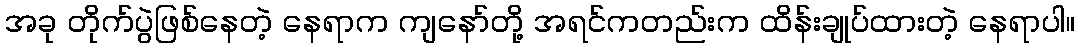
အခု တိုက်ပွဲဖြစ်နေတဲ့ နေရာက ကျနော်တို့ အရင်ကတည်းက ထိန်းချုပ်ထားတဲ့ နေရာပါ။